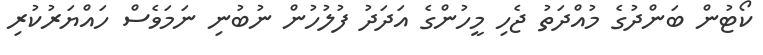
ކޯޓުން ބަންދުގެ މުއްދަތު ޖެހި މީހުންގެ އަދަދު ފުލުހުން ނުބުނި ނަމަވެސް ހައްޔަރުކުރި